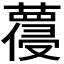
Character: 𱾯